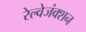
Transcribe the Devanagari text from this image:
रेल्वेजंक्शन